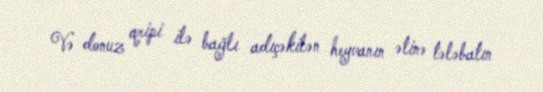
Və donuz qripi ilə bağlı adıçəkilən heyvanın ətinə tələbatın